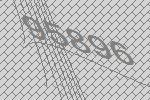
95896